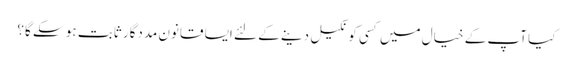
کیا آپ کے خیال میں کسی کو نکیل دینے کے لئے ایسا قانون مددگار ثابت ہو سکے گا؟